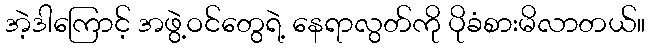
အဲ့ဒါကြောင့် အဖွဲ့ဝင်တွေရဲ့ နေရာလွတ်ကို ပိုခံစားမိလာတယ်။